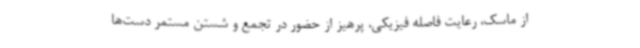
از ماسک، رعایت فاصله فیزیکی، پرهیز از حضور در تجمع و شستن مستمر دست‌ها